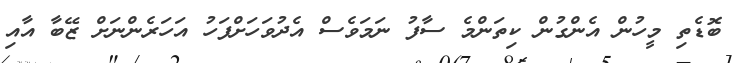
ބޮޑެތި މީހުން އެންގުން ކިތަންމެ ސާފު ނަމަވެސް އެދުވަހަށްފަހު އަހަރެންނަށް ޒޭބާ އާއި